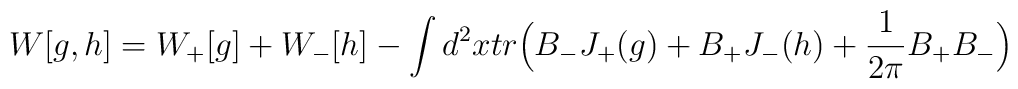
W[g, h]=W_+[g]+W_-[h] -\int d^2x tr\Big(B_-J_+(g)+B_+J_-(h)+\frac{1}{2\pi}B_+B_-\Big)